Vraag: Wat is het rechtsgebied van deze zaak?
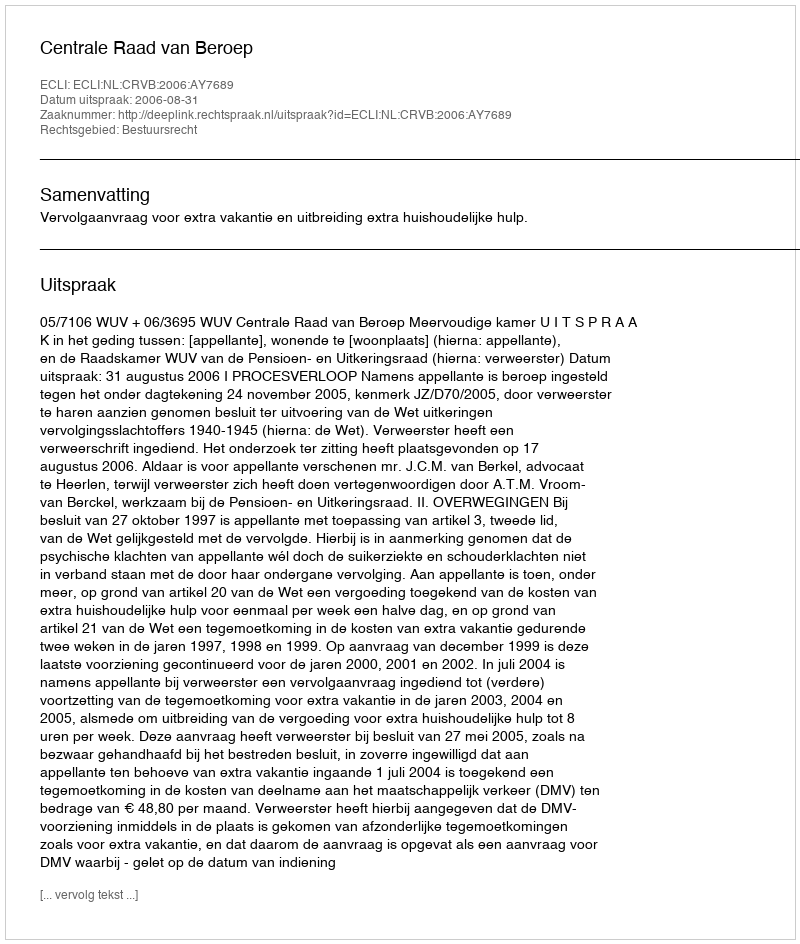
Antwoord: Bestuursrecht